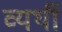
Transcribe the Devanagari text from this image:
व्‍यर्थी